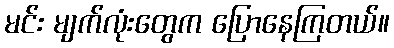
မင်း မျက်လုံးတွေက ပြောနေကြတယ်။